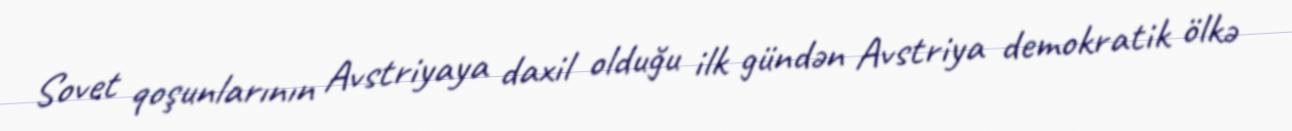
Sovet qoşunlarının Avstriyaya daxil olduğu ilk gündən Avstriya demokratik ölkə